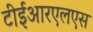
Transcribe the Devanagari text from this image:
टीईआरएलएस